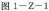
图1-Z-1